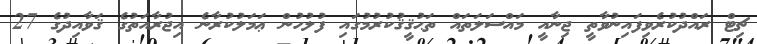
ޗިޓް ރައްދުކުރެވިފައިނުވާތީ ޖިނާއީ މައްސަލަތައް ތަޙުޤީޤުކުރުމުގައި ފުލުހުން ޢަމަލުކުރާނެ އިޖުރާއަތުގެ ޤަވާއިދުގެ 27